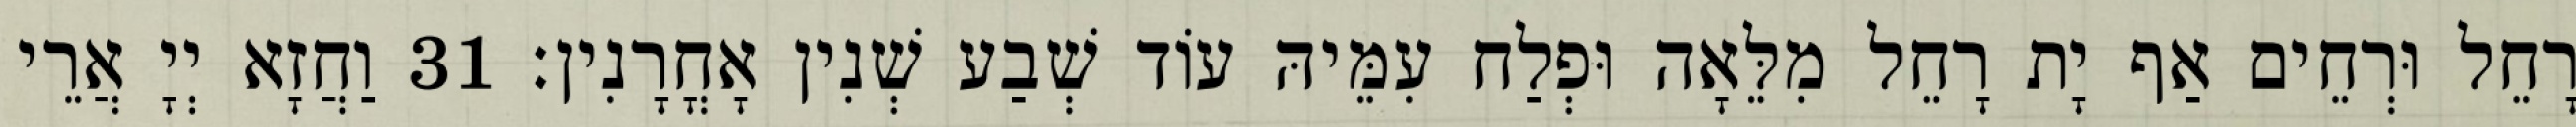
רָחֵל וּרְחֵים אַף יָת רָחֵל מִלֵּאָה וּפְלַח עִמֵּיהּ עוֹד שְׁבַע שְׁנִין אָחֳרָנִין׃ 31 וַחֲזָא יְיָ אֲרֵי